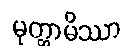
မုတ္တာမိဿာ